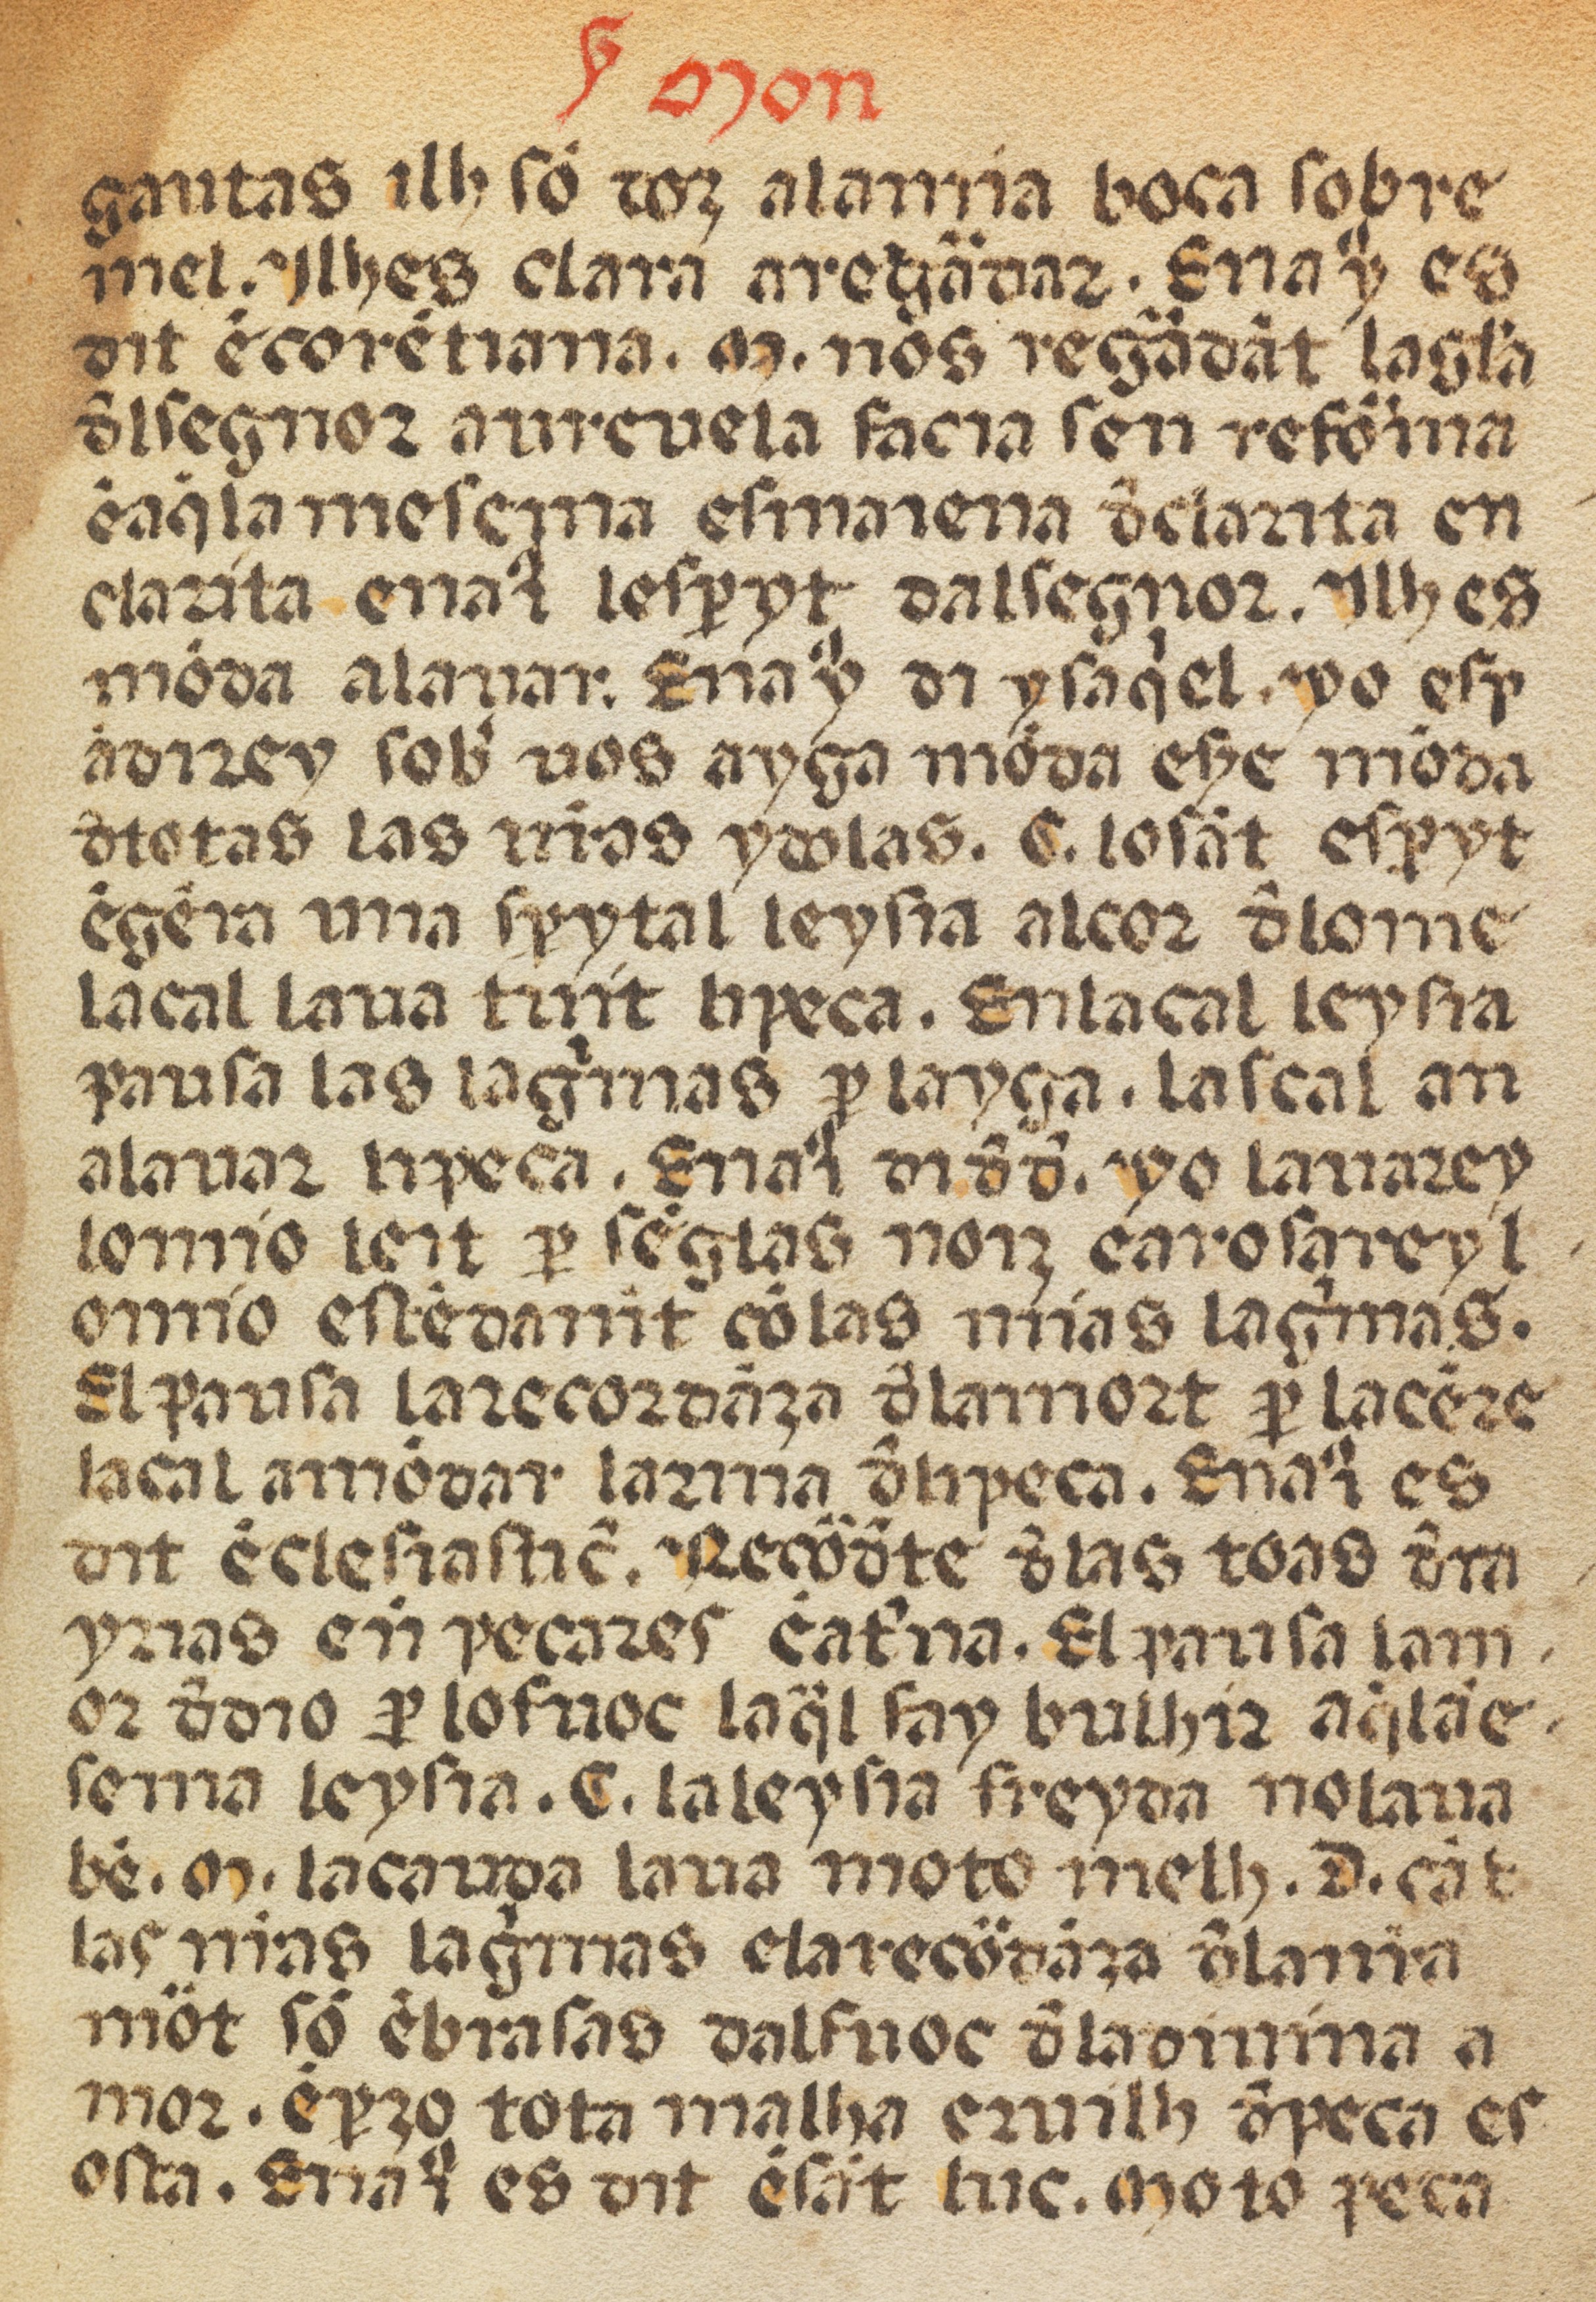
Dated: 1400–1499